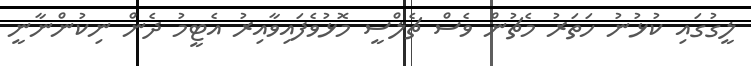
ލީގުގައި ކުޅުނު ހަތަރު މެޗުން ވެސް ޗެލްސީ މޮޅުވެފައިވާއިރު އެޓީމު ދެން ނިކުންނާނީ